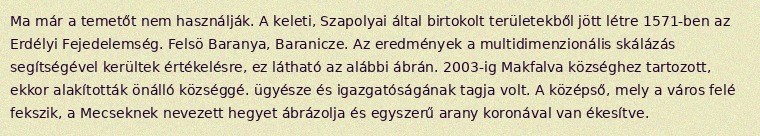
Ma már a temetőt nem használják. A keleti, Szapolyai által birtokolt területekből jött létre 1571-ben az Erdélyi Fejedelemség. Felsö Baranya, Baranicze. Az eredmények a multidimenzionális skálázás segítségével kerültek értékelésre, ez látható az alábbi ábrán. 2003-ig Makfalva községhez tartozott, ekkor alakították önálló községgé. ügyésze és igazgatóságának tagja volt. A középső, mely a város felé fekszik, a Mecseknek nevezett hegyet ábrázolja és egyszerű arany koronával van ékesítve.